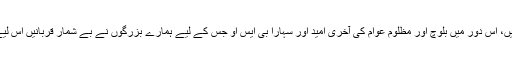
ایک بات ہم ضرور ذہن نشین کر لیں کہ جس دور میں ہم رہ رہے ہیں، اس دور میں بلوچ اور مظلوم عوام کی آخری امید اور سہارا بی ایس او جس کے لیے ہمارے بزرگوں نے بے شمار قربانیں اس لیے دی ہیں کہ یہ تنظیم لاکھوں بے بس و نادار انسانوں کی آواز ہے۔